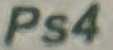
Ps4